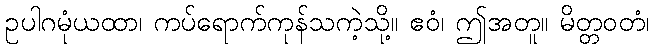
ဥပါဂမုံယထာ၊ ကပ်ရောက်ကုန်သကဲ့သို့။ ဧဝံ၊ ဤအတူ။ မိတ္တဝတံ၊